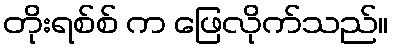
တိုးရစ်စ် က ဖြေလိုက်သည်။